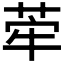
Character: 𦰤